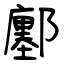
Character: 鄽